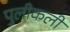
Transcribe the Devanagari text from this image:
पुलीकली